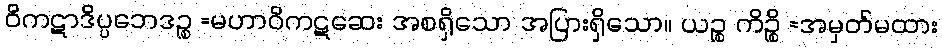
ဝိကဋာဒိပ္ပဘေဒဉ္စ =မဟာဝိကဋဆေး အစရှိသော အပြားရှိသော။ ယဉ္စ ကိဉ္စိ =အမှတ်မထား